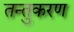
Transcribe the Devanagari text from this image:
तन्तुकरण